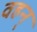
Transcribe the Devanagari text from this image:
वहन्